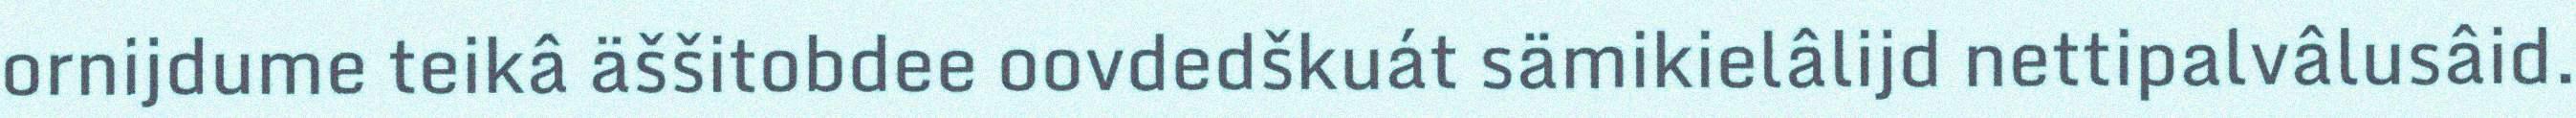
ornijdume teikâ äššitobdee oovdedškuát sämikielâlijd nettipalvâlusâid.